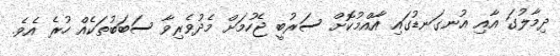
ދިމާލުގަ އާއި އުނގަނޑުގައި އާއްމުކޮށް ސަރުބީ ޖެހުމަށް މެދުވެރިވާ ސަބަބުތަކެއް ހުރެ އެވެ.